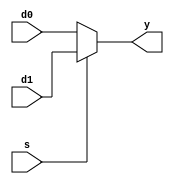
`timescale 1ns / 1ps
//////////////////////////////////////////////////////////////////////////////////
// Company: 
// Engineer: 
// 
// Design Name: 
// Module Name: mux2
// Project Name: 
// Target Devices: 
// Tool Versions: 
// Description: 
// 
// Dependencies: 
// 
// Revision:
// Revision 0.01 - File Created
// Additional Comments:
// 
//////////////////////////////////////////////////////////////////////////////////


module mux2 #(parameter WIDTH=8)
    (input [WIDTH-1:0] d0, d1,
    input s,
    output [WIDTH-1:0] y
    );
    assign y = s ? d1 : d0;
endmodule